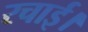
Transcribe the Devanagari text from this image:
रचाई।